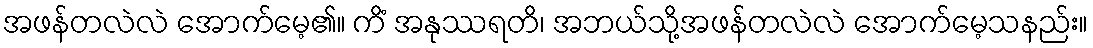
အဖန်တလဲလဲ အောက်မေ့၏။ ကိံ အနုဿရတိ၊ အဘယ်သို့အဖန်တလဲလဲ အောက်မေ့သနည်း။